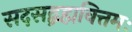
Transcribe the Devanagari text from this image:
सदसद्ब्रह्मवित्तमः